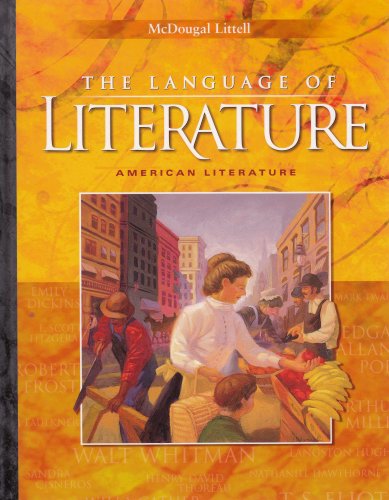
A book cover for Language of Literature, Grade 11; MCDOUGAL LITTEL; Teen & Young Adult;